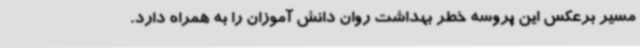
مسیر برعکس این پروسه خطر بهداشت روان دانش آموزان را به همراه دارد.